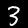
Label: 3